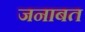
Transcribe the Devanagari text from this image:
जनाबत